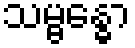
သမ္ဗန္ဓော